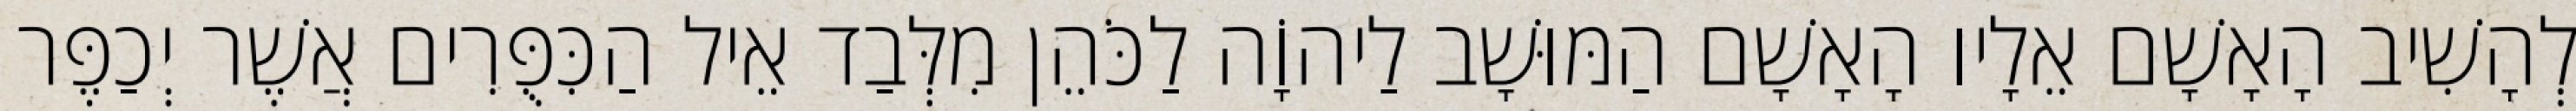
לְהָשִׁיב הָאָשָׁם אֵלָיו הָאָשָׁם הַמּוּשָׁב לַיהוָֹה לַכֹּהֵן מִלְּבַד אֵיל הַכִּפֻּרִים אֲשֶׁר יְכַפֶּר